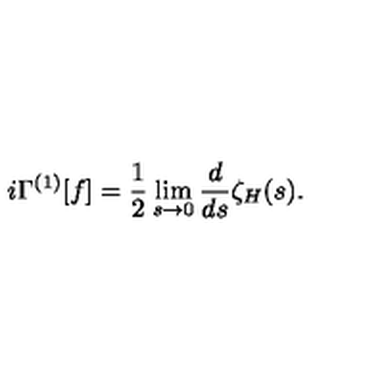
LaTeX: i \Gamma ^ { ( 1 ) } [ f ] = { \frac { 1 } { 2 } } \lim _ { s \to 0 } { \frac { d } { d s } } \zeta _ { H } ( s ) .